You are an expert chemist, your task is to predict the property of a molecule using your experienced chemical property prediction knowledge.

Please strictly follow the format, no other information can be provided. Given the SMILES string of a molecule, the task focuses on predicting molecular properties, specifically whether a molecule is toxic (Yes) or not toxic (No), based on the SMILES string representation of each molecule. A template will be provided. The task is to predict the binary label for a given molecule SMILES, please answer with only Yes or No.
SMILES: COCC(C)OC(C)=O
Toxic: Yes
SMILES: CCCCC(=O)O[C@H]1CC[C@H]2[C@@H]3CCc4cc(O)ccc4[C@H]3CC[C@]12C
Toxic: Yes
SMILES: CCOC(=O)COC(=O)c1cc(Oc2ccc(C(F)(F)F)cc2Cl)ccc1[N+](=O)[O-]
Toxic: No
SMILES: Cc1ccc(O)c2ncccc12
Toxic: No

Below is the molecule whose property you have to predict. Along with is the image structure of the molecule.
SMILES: CCCCCCCCN1C=CN(C)C1
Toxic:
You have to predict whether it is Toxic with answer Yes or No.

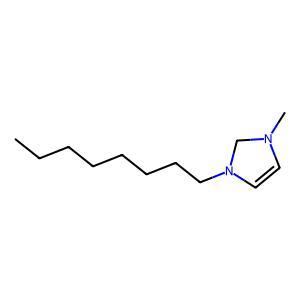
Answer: No